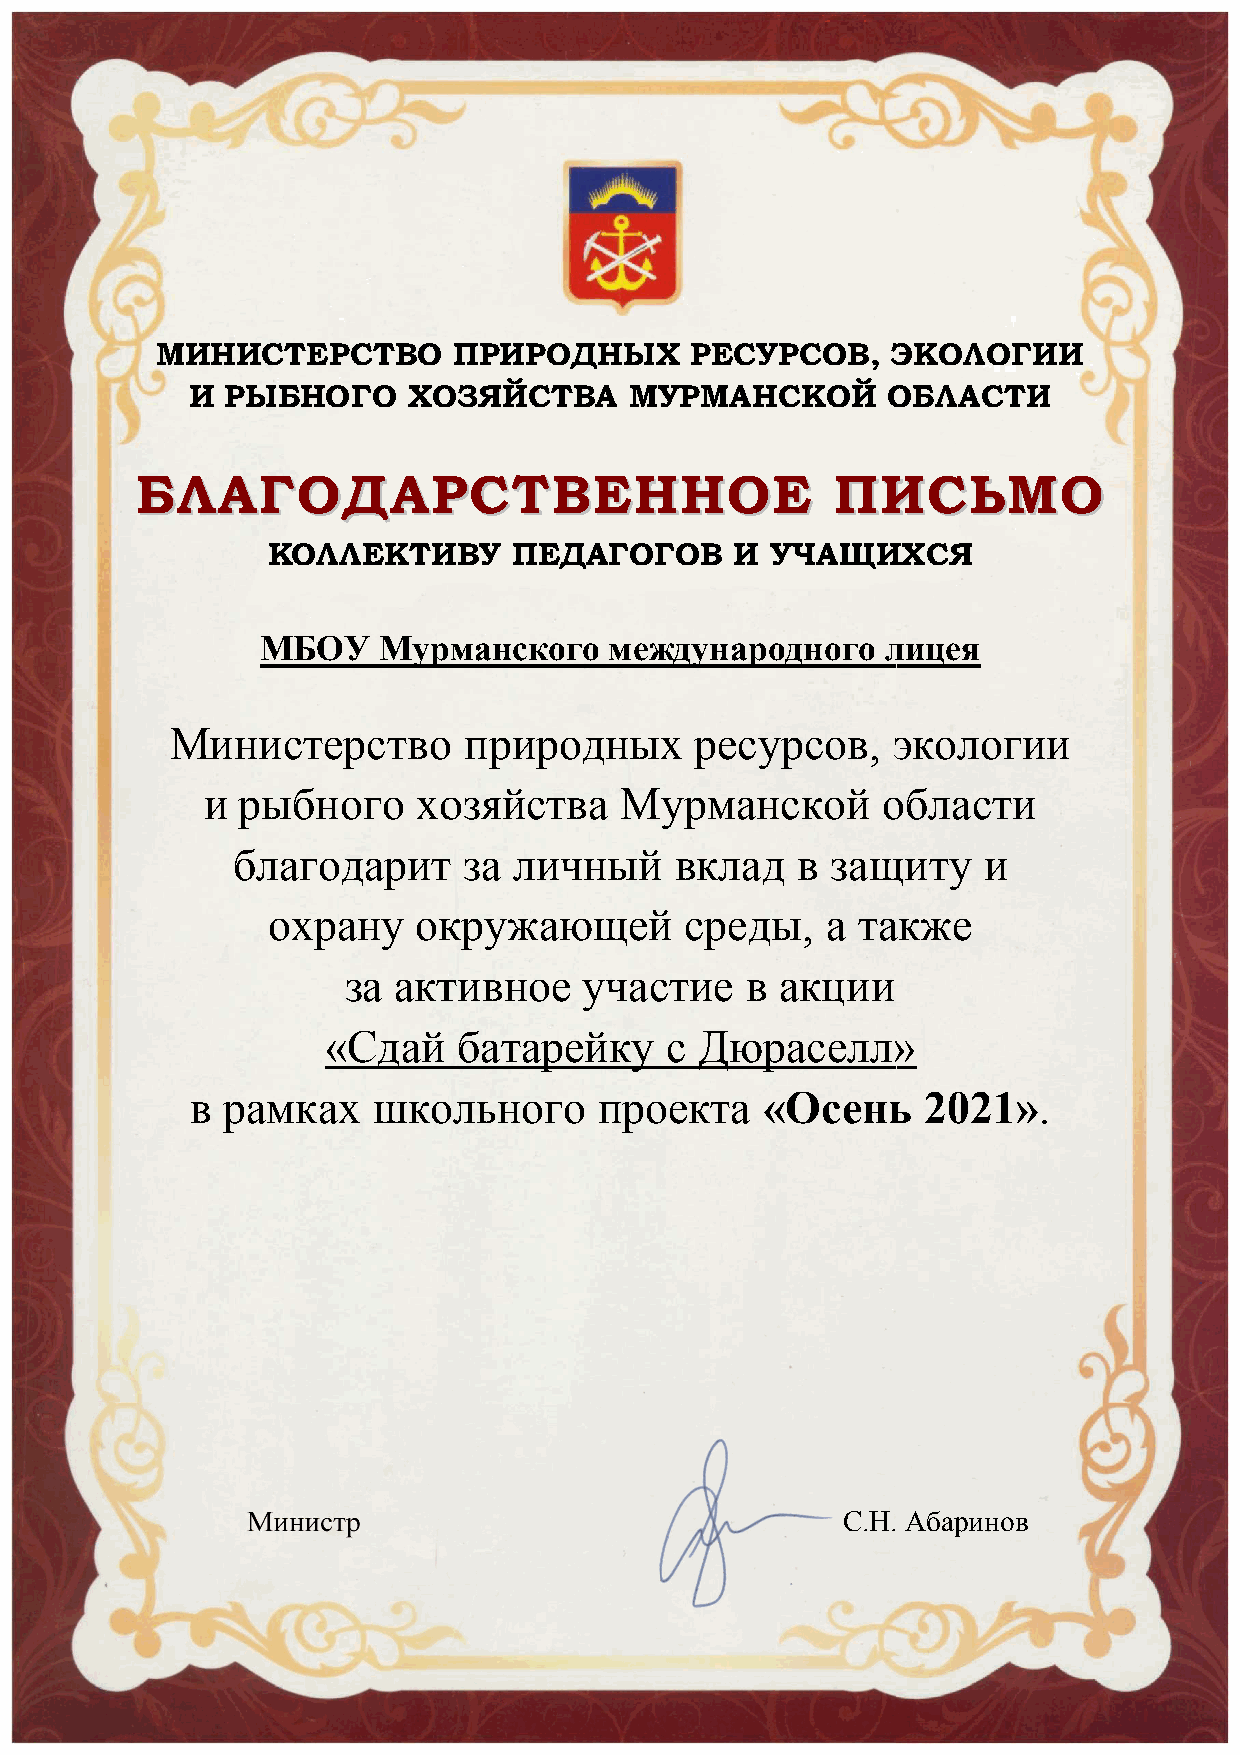
МММИИИНННИИИСССТТТЕЕЕРРРСССТТТВВВООО ПППРРРИИИРРРОООДДДНННЫЫЫХХХ РРРЕЕЕСССУУУРРРСССОООВВВ,,, ЭЭЭКККОООЛЛЛОООГГГИИИИИИ
 ИИИ РРРЫЫЫБББНННОООГГГООО ХХХОООЗЗЗЯЯЯЙЙЙСССТТТВВВААА МММУУУРРРМММАААНННСССКККОООЙЙЙ ОООБББЛЛЛАААСССТТТИИИ
 ББЛЛААГГООДДААРРРРССТТВВЕЕННННООЕЕ            ППИИИИССЬЬММОО
 КККОООЛЛЛЛЛЛЕЕЕКККТТТИИИВВВУУУ ПППЕЕЕДДДАААГГГОООГГГОООВВВ ИИИ УУУЧЧЧАААЩЩЩИИИХХХСССЯЯЯ
 МММБББОООУУУ МММууурррмммааанннссскккооогггооо мммееежжждддууунннаааррроооддднннооогггооо лллииицццеееяяя
 ММииннииссттееррссттввоо ппрриирроодднныыхх рреессууррссоовв,, ээккооллооггииии
 иии рррыыыбббнннооогггооо хххооозззяяяйййссстттвввааа МММууурррмммааанннссскккоооййй оооббблллааассстттиии
 ббблллааагггооодддаааррриииттт зззааа лллииичччннныыыййй вввккклллаааддд ввв зззааащщщииитттууу иии
 ооохххрррааанннууу ооокккрррууужжжаааююющщщеееййй сссрррееедддыыы,,, ааа тттааакккжжжеее
 ззаа ааккттииввннооее ууччаассттииее вв ааккццииии
 «««СССдддаааййй бббааатттааарррееейййкккууу ссс ДДДюююрррааасссееелллллл»»»
 вв ррааммккаахх шшккооллььннооггоо ппррооееккттаа ««ООссеенньь 22002211»».
 СС..НН.. ААббаарриинноовв